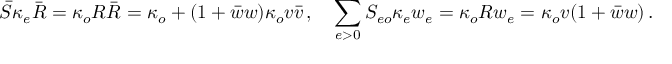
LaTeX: \bar { S } \kappa _ { e } \bar { R } = \kappa _ { o } R \bar { R } = \kappa _ { o } + ( 1 + \bar { w } w ) \kappa _ { o } v \bar { v } \, , \quad \sum _ { e > 0 } S _ { e o } \kappa _ { e } w _ { e } = \kappa _ { o } R w _ { e } = \kappa _ { o } v ( 1 + \bar { w } w ) \, .